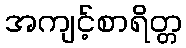
အကျင့်စာရိတ္တ